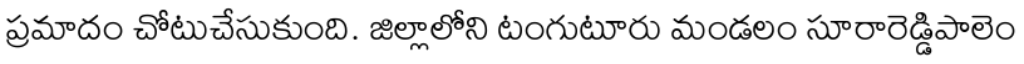
ప్రమాదం చోటుచేసుకుంది. జిల్లాలోని టంగుటూరు మండలం సూరారెడ్డిపాలెం